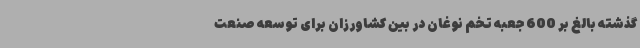
گذشته بالغ بر 600 جعبه تخم نوغان در بین کشاورزان برای توسعه صنعت